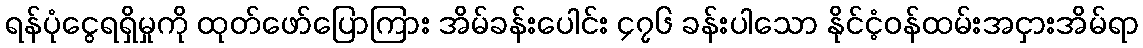
ရန်ပုံငွေရရှိမှုကို ထုတ်ဖော်ပြောကြား အိမ်ခန်းပေါင်း ၄၇၆ ခန်းပါသော နိုင်ငံ့ဝန်ထမ်းအငှားအိမ်ရာ